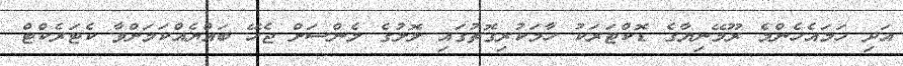
އަދި ހަމައެހެންމެ ރޫމޭނިޔާގެ ޑޮކްޓަރަކު ހާމަކުރިގޮތުގައި ލޮލުގެ ލެންސަށް ޖެހޭ ބައްޔެއްކަމަށްވާ ކެޓަރެކްޓް